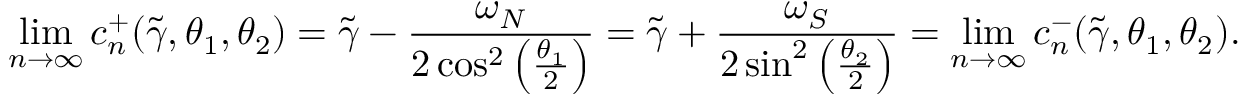
\operatorname* { l i m } _ { n \to \infty } c _ { n } ^ { + } ( \widetilde { \gamma } , \theta _ { 1 } , \theta _ { 2 } ) = \widetilde { \gamma } - \frac { \omega _ { N } } { 2 \cos ^ { 2 } \left( \frac { \theta _ { 1 } } { 2 } \right) } = \widetilde { \gamma } + \frac { \omega _ { S } } { 2 \sin ^ { 2 } \left( \frac { \theta _ { 2 } } { 2 } \right) } = \operatorname* { l i m } _ { n \to \infty } c _ { n } ^ { - } ( \widetilde { \gamma } , \theta _ { 1 } , \theta _ { 2 } ) .